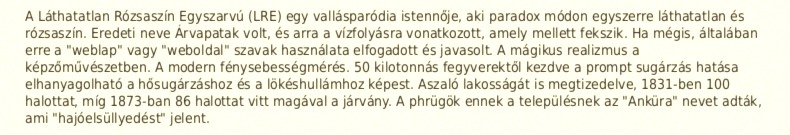
A Láthatatlan Rózsaszín Egyszarvú (LRE) egy vallásparódia istennője, aki paradox módon egyszerre láthatatlan és rózsaszín. Eredeti neve Árvapatak volt, és arra a vízfolyásra vonatkozott, amely mellett fekszik. Ha mégis, általában erre a "weblap" vagy "weboldal" szavak használata elfogadott és javasolt. A mágikus realizmus a képzőművészetben. A modern fénysebességmérés. 50 kilotonnás fegyverektől kezdve a prompt sugárzás hatása elhanyagolható a hősugárzáshoz és a lökéshullámhoz képest. Aszaló lakosságát is megtizedelve, 1831-ben 100 halottat, míg 1873-ban 86 halottat vitt magával a járvány. A phrügök ennek a településnek az "Anküra" nevet adták, ami "hajóelsüllyedést" jelent.